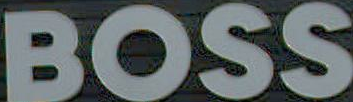
BOSS